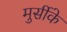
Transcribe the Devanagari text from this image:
मुर्सीके